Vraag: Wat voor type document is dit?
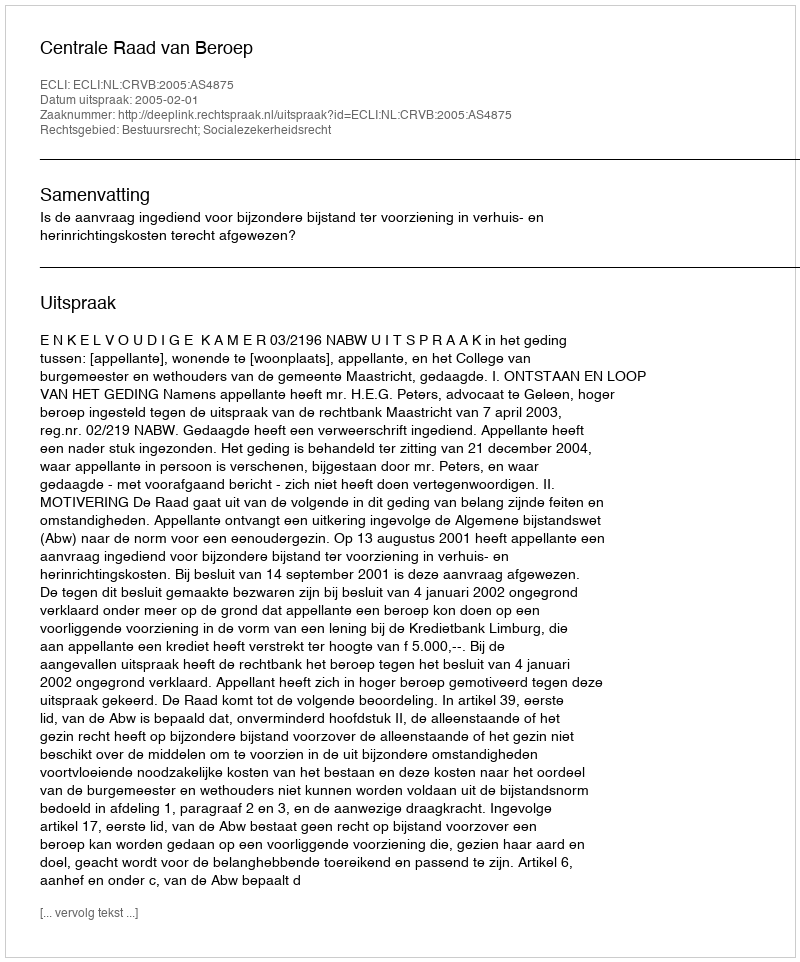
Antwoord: Uitspraak